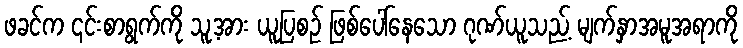
ဖခင်က ၎င်းစာရွက်ကို သူ့အား ယူပြစဉ် ဖြစ်ပေါ်နေသော ဂုဏ်ယူသည့် မျက်နှာအမူအရာကို